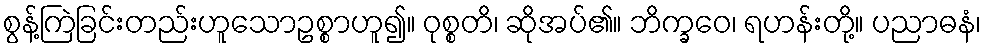
စွန့်ကြဲခြင်းတည်းဟူသောဥစ္စာဟူ၍။ ဝုစ္စတိ၊ ဆိုအပ်၏။ ဘိက္ခဝေ၊ ရဟန်းတို့။ ပညာဓနံ၊